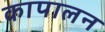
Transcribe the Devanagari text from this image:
कापालन